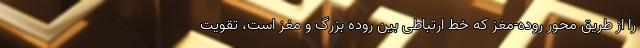
را از طریق محور روده-مغز که خط ارتباطی بین روده بزرگ و مغز است، تقویت